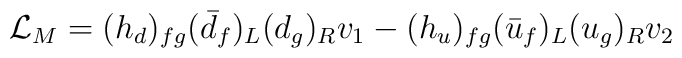
{\cal L}_M=(h_d)_{fg}(\bar{d}_f)_L(d_g)_Rv_1-(h_u)_{fg}(\bar{u}_f)_L(u_g)_Rv_2